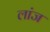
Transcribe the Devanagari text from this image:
लांज